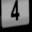
Digit: 4